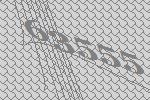
63555